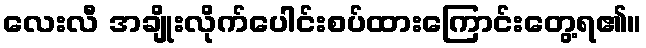
လေးလီ အချိုးလိုက်ပေါင်းစပ်ထားကြောင်းတွေ့ရ၏။